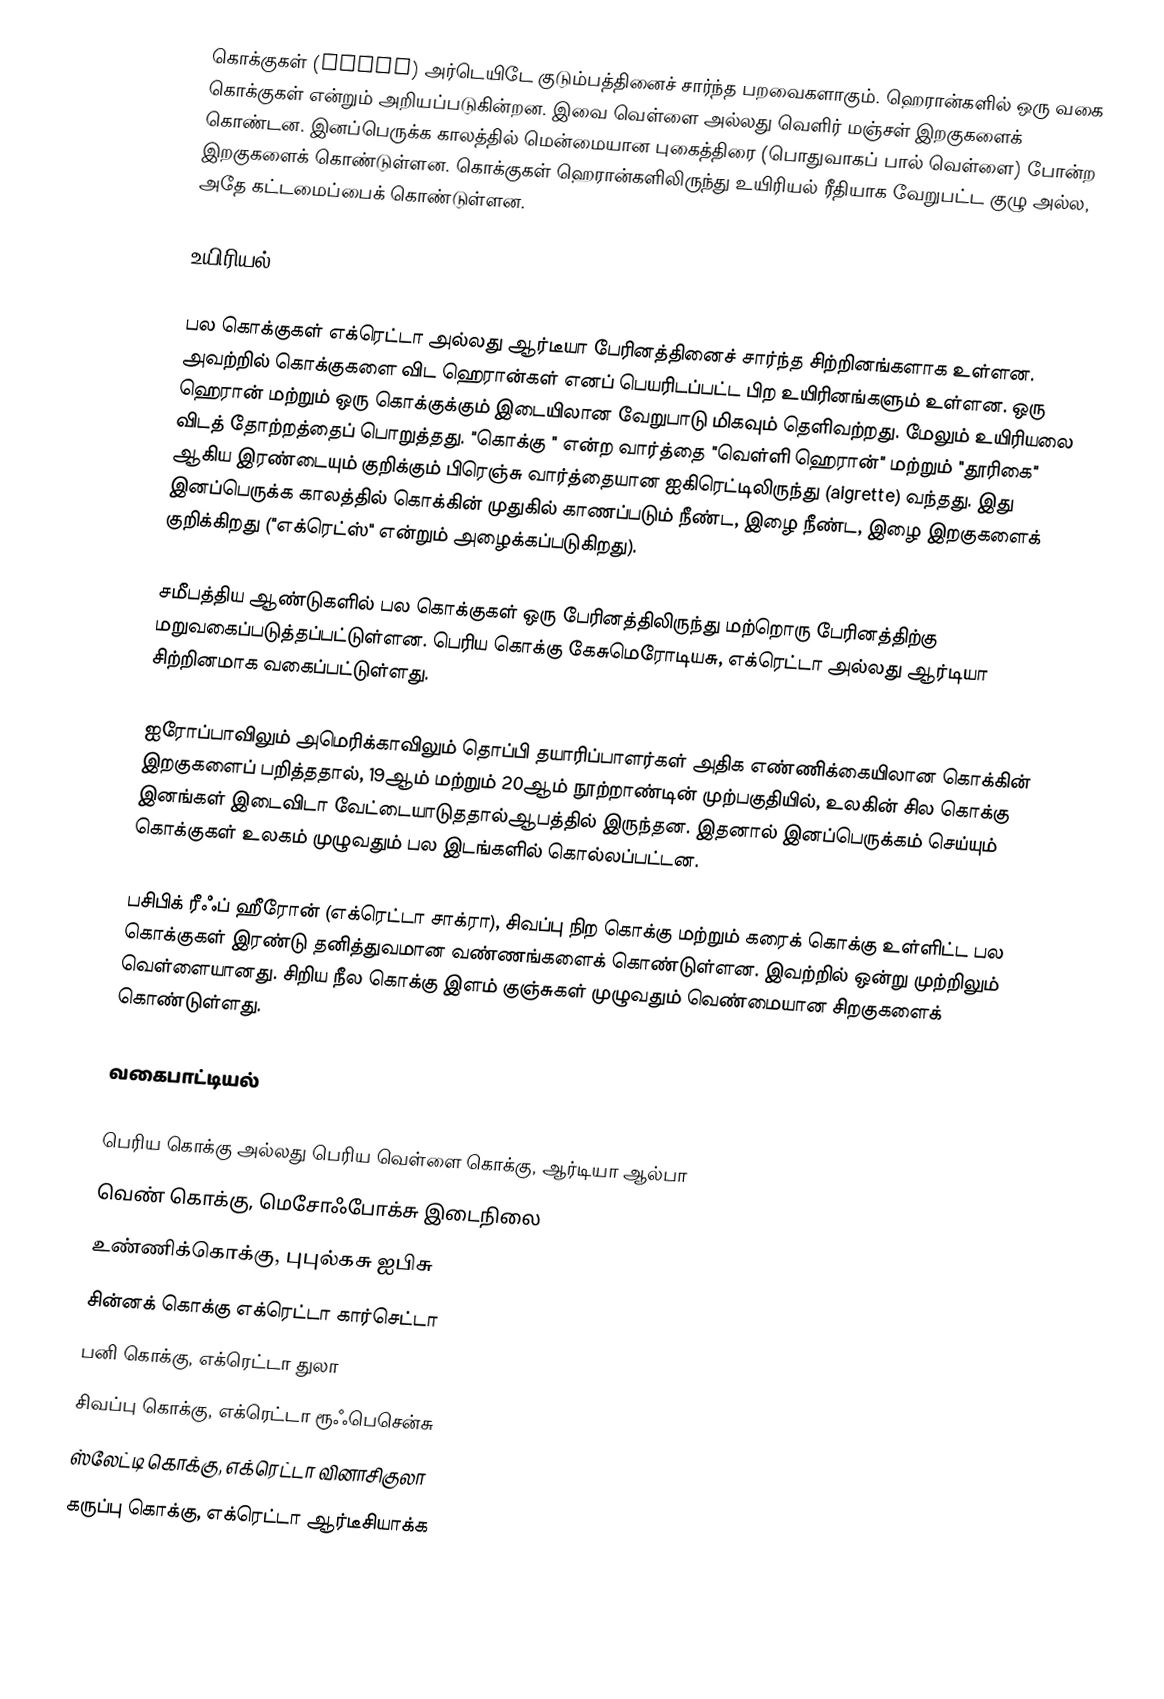
கொக்குகள் (Egret) அர்டெயிடே குடும்பத்தினைச் சார்ந்த பறவைகளாகும். ஹெரான்களில் ஒரு வகை கொக்குகள் என்றும் அறியப்படுகின்றன. இவை வெள்ளை அல்லது வெளிர் மஞ்சள் இறகுகளைக் கொண்டன. இனப்பெருக்க காலத்தில் மென்மையான புகைத்திரை (பொதுவாகப் பால் வெள்ளை) போன்ற இறகுகளைக் கொண்டுள்ளன. கொக்குகள் ஹெரான்களிலிருந்து உயிரியல் ரீதியாக வேறுபட்ட குழு அல்ல, அதே கட்டமைப்பைக் கொண்டுள்ளன.

உயிரியல்

பல கொக்குகள் எக்ரெட்டா அல்லது ஆர்டீயா பேரினத்தினைச் சார்ந்த சிற்றினங்களாக உள்ளன. அவற்றில் கொக்குகளை விட ஹெரான்கள் எனப் பெயரிடப்பட்ட பிற உயிரினங்களும் உள்ளன. ஒரு ஹெரான் மற்றும் ஒரு கொக்குக்கும் இடையிலான வேறுபாடு மிகவும் தெளிவற்றது. மேலும் உயிரியலை விடத் தோற்றத்தைப் பொறுத்தது. "கொக்கு " என்ற வார்த்தை "வெள்ளி ஹெரான்" மற்றும் "தூரிகை" ஆகிய இரண்டையும் குறிக்கும் பிரெஞ்சு வார்த்தையான ஐகிரெட்டிலிருந்து (aigrette) வந்தது. இது இனப்பெருக்க காலத்தில் கொக்கின் முதுகில் காணப்படும் நீண்ட, இழை நீண்ட, இழை இறகுகளைக் குறிக்கிறது ("எக்ரெட்ஸ்" என்றும் அழைக்கப்படுகிறது).

சமீபத்திய ஆண்டுகளில் பல கொக்குகள் ஒரு பேரினத்திலிருந்து மற்றொரு பேரினத்திற்கு மறுவகைப்படுத்தப்பட்டுள்ளன. பெரிய கொக்கு கேசுமெரோடியசு, எக்ரெட்டா அல்லது ஆர்டியா சிற்றினமாக வகைப்பட்டுள்ளது.

ஐரோப்பாவிலும் அமெரிக்காவிலும் தொப்பி தயாரிப்பாளர்கள் அதிக எண்ணிக்கையிலான கொக்கின் இறகுகளைப் பறித்ததால், 19ஆம் மற்றும் 20ஆம் நூற்றாண்டின் முற்பகுதியில், உலகின் சில கொக்கு இனங்கள் இடைவிடா வேட்டையாடுததால்ஆபத்தில் இருந்தன. இதனால் இனப்பெருக்கம் செய்யும் கொக்குகள் உலகம் முழுவதும் பல இடங்களில் கொல்லப்பட்டன.

பசிபிக் ரீஃப் ஹீரோன் (எக்ரெட்டா சாக்ரா), சிவப்பு நிற கொக்கு மற்றும் கரைக் கொக்கு உள்ளிட்ட பல கொக்குகள் இரண்டு தனித்துவமான வண்ணங்களைக் கொண்டுள்ளன. இவற்றில் ஒன்று முற்றிலும் வெள்ளையானது. சிறிய நீல கொக்கு இளம் குஞ்சுகள் முழுவதும் வெண்மையான சிறகுகளைக் கொண்டுள்ளது.

வகைபாட்டியல்

 பெரிய கொக்கு அல்லது பெரிய வெள்ளை கொக்கு, ஆர்டியா ஆல்பா
 வெண் கொக்கு, மெசோஃபோக்சு இடைநிலை
 உண்ணிக்கொக்கு, புபுல்கசு ஐபிசு
 சின்னக் கொக்கு எக்ரெட்டா கார்செட்டா
 பனி கொக்கு, எக்ரெட்டா துலா
 சிவப்பு கொக்கு, எக்ரெட்டா ரூஃபெசென்சு
 ஸ்லேட்டி கொக்கு, எக்ரெட்டா வினாசிகுலா
 கருப்பு கொக்கு, எக்ரெட்டா ஆர்டீசியாக்க